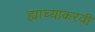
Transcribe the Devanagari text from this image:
ह्याच्याकरवी